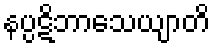
နပ္ပဋိဘာသေယျာတိ